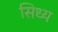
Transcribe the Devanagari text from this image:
सिध्य